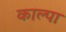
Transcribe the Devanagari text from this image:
काल्पा